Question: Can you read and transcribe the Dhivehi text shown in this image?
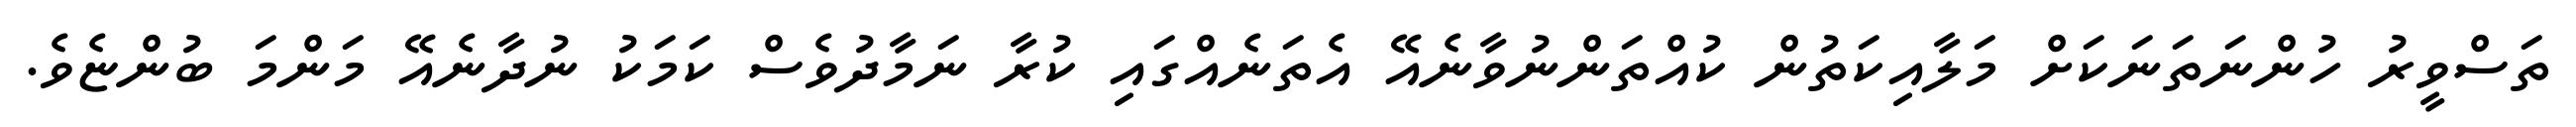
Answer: ތަސްވީރު ހުންނަތަނަކަށް މަލާއިކަތުން ކުއްތަންނުވާނެއޭ އެތަނެއްގައި ކުރާ ނަމާދުވެސް ކަމަކު ނުދާނެއޭ މަންމަ ބުންޏެވެ.